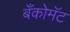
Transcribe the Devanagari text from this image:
बँकोमॅट